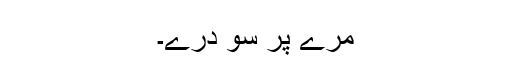
مرے پر سو دُرّے۔